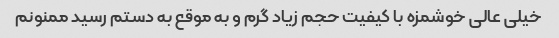
خیلی عالی خوشمزه با کیفیت حجم زیاد گرم و به موقع به دستم رسید ممنونم